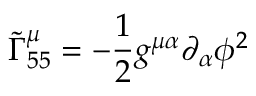
{ \widetilde { \Gamma } } _ { 5 5 } ^ { \mu } = - { \frac { 1 } { 2 } } g ^ { \mu \alpha } \partial _ { \alpha } \phi ^ { 2 }